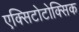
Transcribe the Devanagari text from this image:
एक्सिटोटोक्सिक